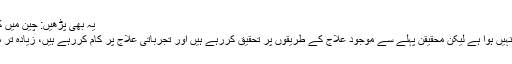
یہ بھی پڑھیں: چین میں کورونا وائرس کے خلاف دوا کو پیٹنٹ کرانے کی درخواست
خیال رہے کہ کورونا وائرس کا اب تک کوئی علاج منظور نہیں ہوا ہے لیکن محقیقن پہلے سے موجود علاج کے طریقوں پر تحقیق کررہے ہیں اور تجرباتی علاج پر کام کررہے ہیں، زیادہ تر مریضوں کو صرف معاون طبی سہولت فراہم کی جارہی ہے۔